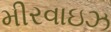
મીરવાઇઝ